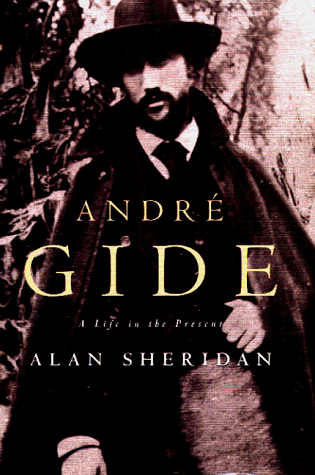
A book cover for AndrÃ© Gide: A Life in the Present; Alan Sheridan; Gay & Lesbian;